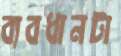
ব্যবধানটা